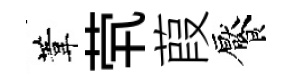
葦茕葭饜